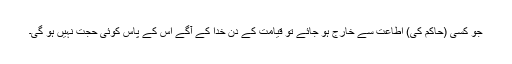
جو کسی (حاکم کی) اطاعت سے خارج ہو جائے تو قیامت کے دن خدا کے آگے اس کے پاس کوئی حجت نہیں ہو گی۔